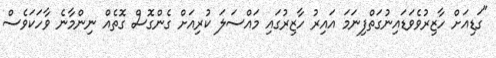
"ގަޑިއަށް ހާޒިރުވެވަޑައިނުގަތްފިނަަމަ އައިރު ހާޒިރުގައި މައްސަލަ ކުރިއަށް ގެންގޮސް ގޮތެއް ނިންމާނެ ވާހަކަވެސް